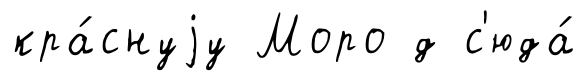
кра́снуjу Моро д с'юда́